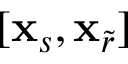
[ \mathbf { x } _ { s } , \mathbf { x } _ { \widetilde { r } } ]